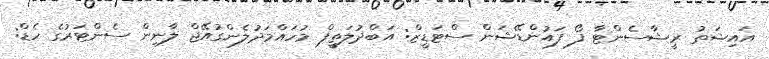
އައިޝަތު ރީޝާސެންޓާ ފޯ ފައުންޑޭޝަން ސްޓަޑީޒް: އަބްދުލަތީފް މުހައްމަދުލެންގުއޭޖް ލާނިން ސެންޓަރުގެ ހެޑް: